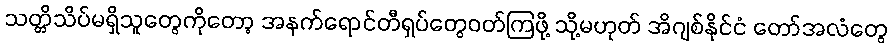
သတ္တိသိပ်မရှိသူတွေကိုတော့ အနက်ရောင်တီရှပ်တွေဝတ်ကြဖို့ သို့မဟုတ် အိဂျစ်နိုင်ငံ တော်အလံတွေ